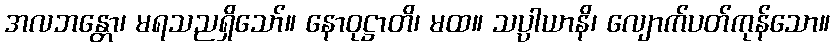
အလဘန္တော၊ မရသညရှိသော်။ နောဝုဋ္ဌာတိ၊ မထ။ သပ္ပါယာနိ၊ လျောက်ပတ်ကုန်သော။